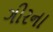
ગીરના